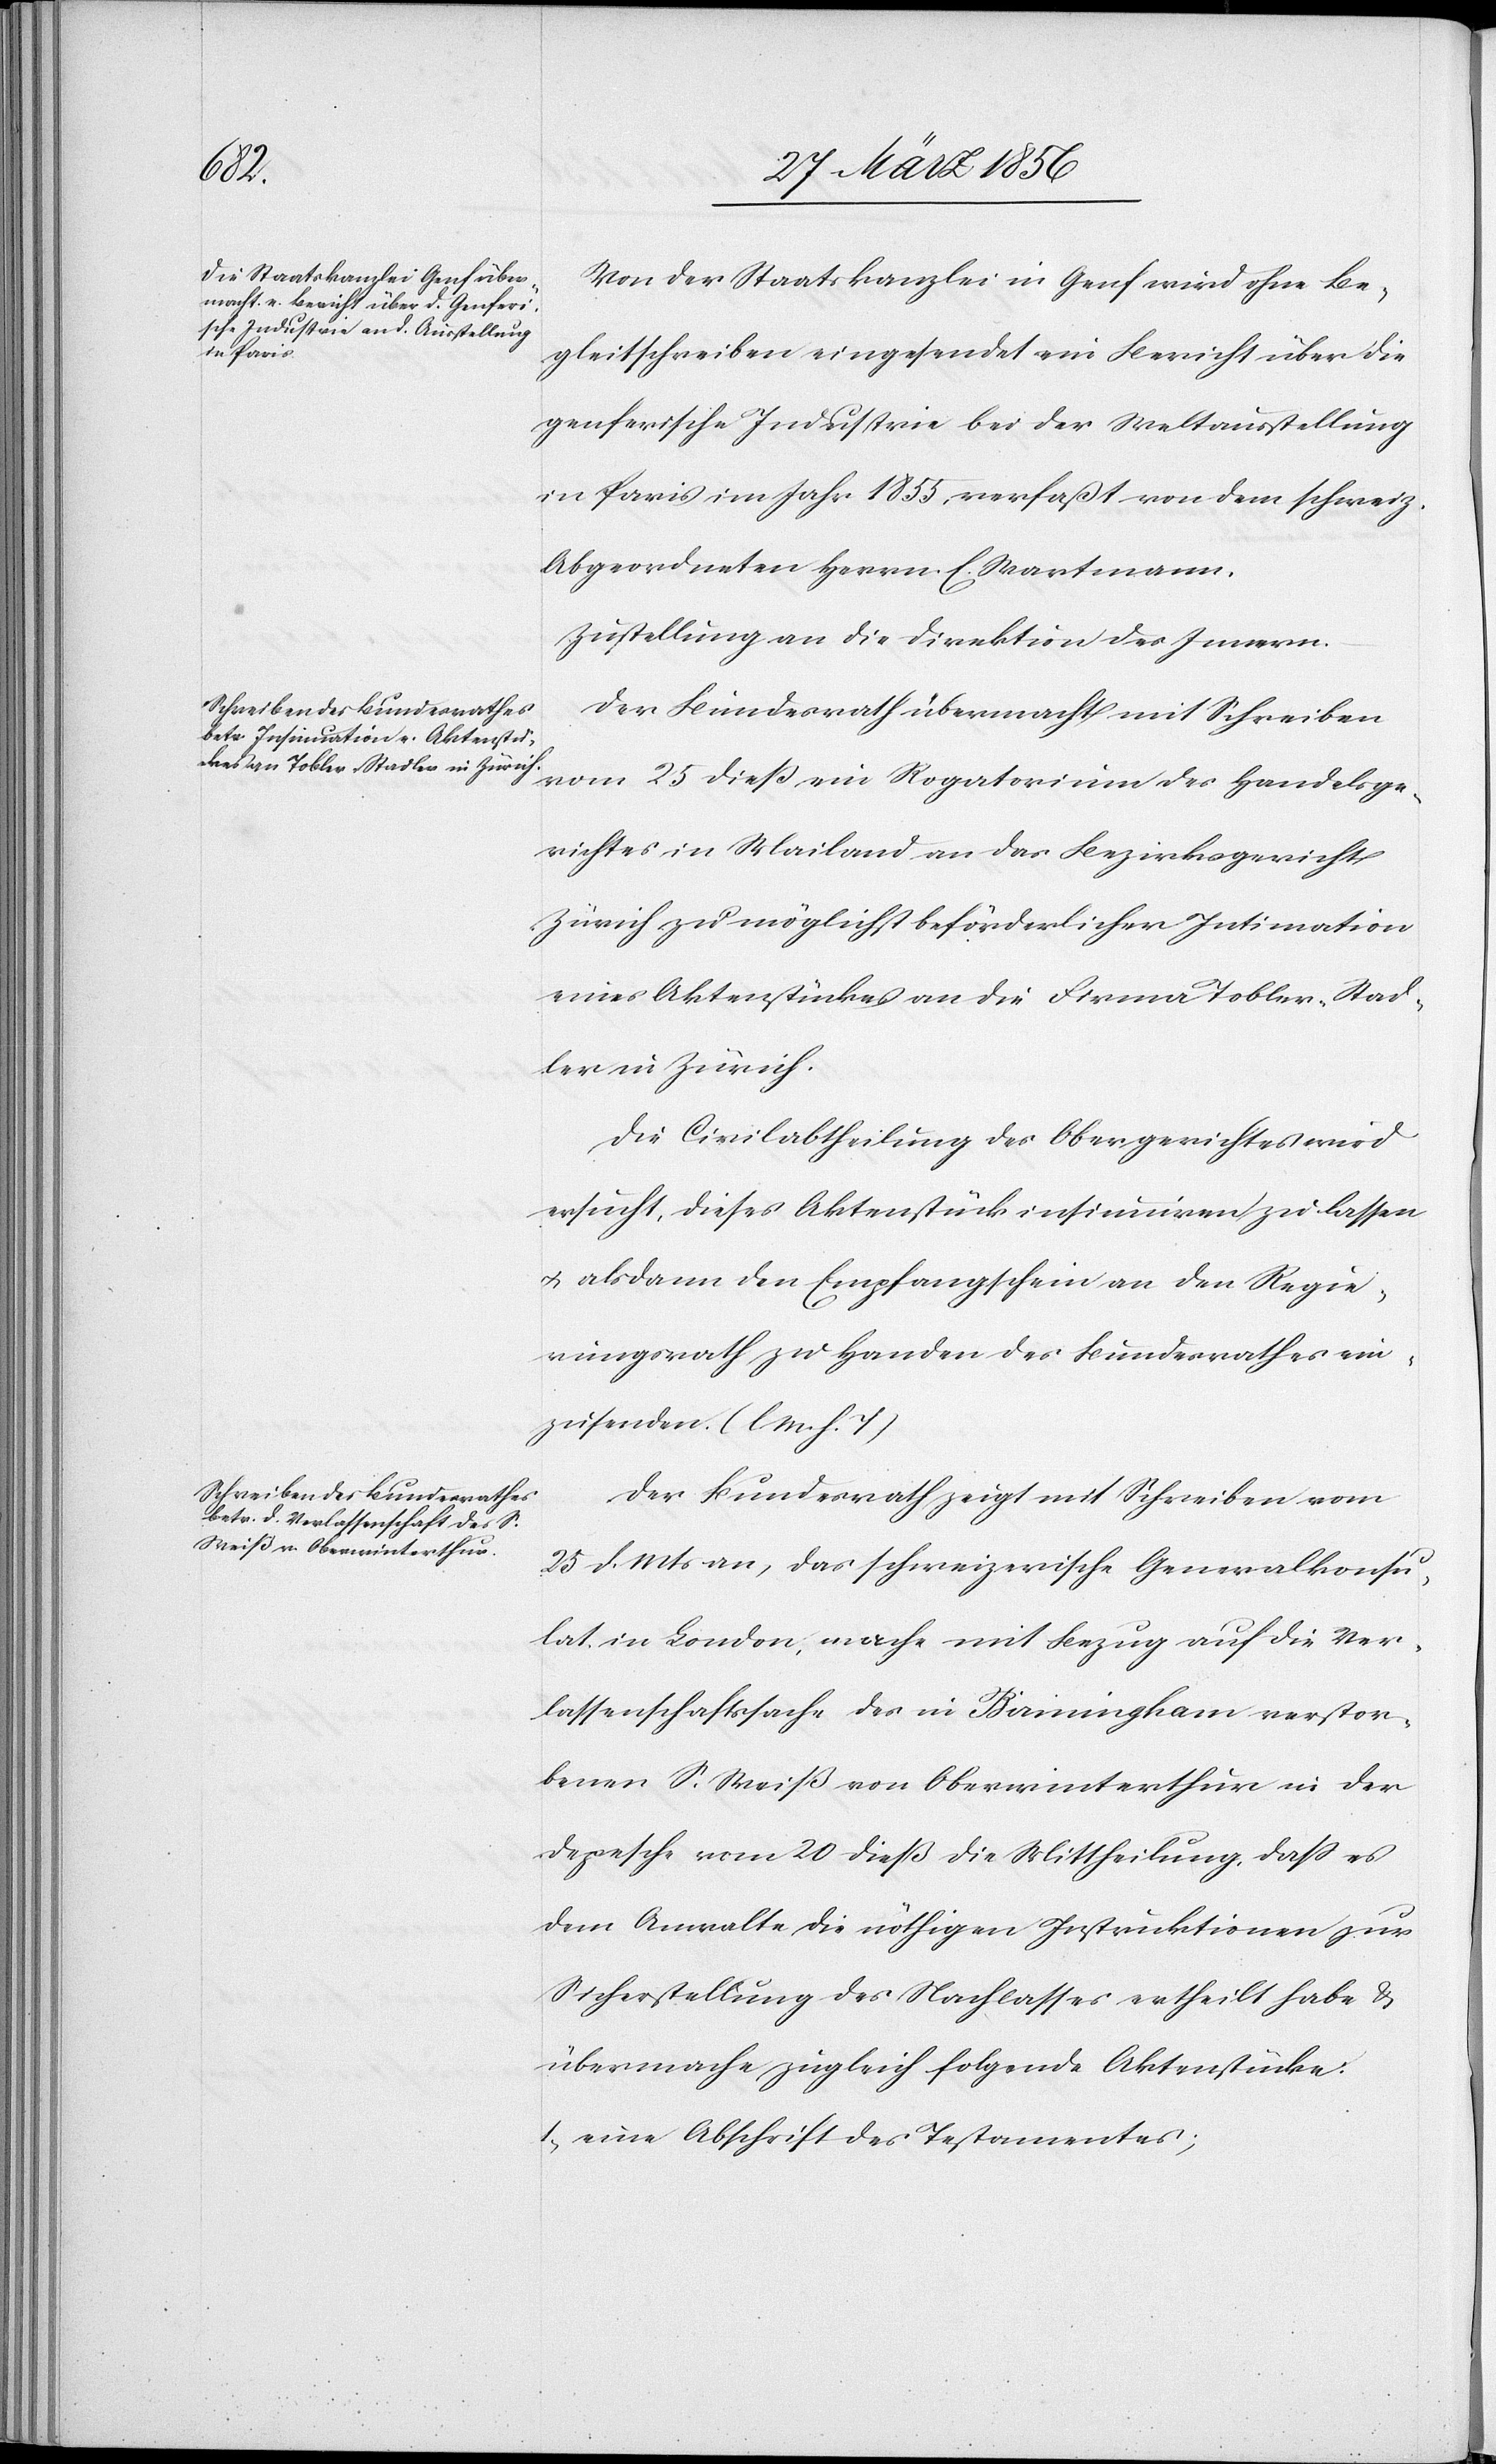
vom 25
Von der Staatskanzlei in Genf wird ohne Be¬
elsge¬
gleitschreiben eingesendet ein Bericht über die
genferische Industrie bei der Weltausstellung
in Paris im Jahr 1855, verfaßt von dem schweiz.
Abgeordneten Herrn. E. Wartmann.
Der Bundesrath übermacht mit Schreiben
richtes in Mailand an das Bezirksgericht
Zürich zu möglichst beförderlicher Intimation
eines Aktenstückes an die Firma Tobler-Stad¬
ler in Zürich.
Die Civilabtheilung des Obergerichtes wird
ersucht, dieses Aktenstück insinuiren zu lassen
u. alsdann den Empfangschein an den Regie¬
rungsrath zu Handen des Bundesrathes ein¬
zusenden. (l. M. h. T)
Der Bundesrath zeigt mit Schreiben vom
25 d. Mts an, das schweizerische Generalkonsu¬
lat in London, mache mit Bezug auf die Ver¬
lassenschaftssache des in Birmingham verstor¬
benen S. Weiß von Oberwinterthur in der
Depesche vom 20 dieß die Mittheilung, daß es
dem Anwalte die nöthigen Instruktionen zur
Sicherstellung des Nachlasses ertheilt habe &
übermache zugleich folgende Aktenstücke:
1., eine Abschrift des Testamentes;